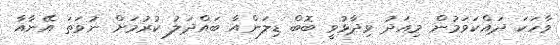
ވާހަކަ ދައްކަވަމުން މިއަދު ވިދާޅުވީ ބޮބް ޑިލަންއާ ބައްދަލު ކުރުމަށް ނުވަތަ އޭނާއާ